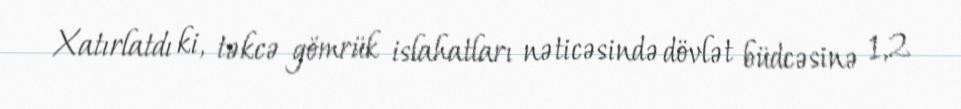
Xatırlatdı ki, təkcə gömrük islahatları nəticəsində dövlət büdcəsinə 1,2